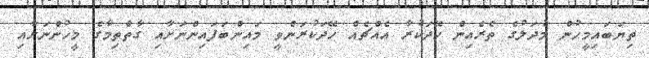
ތިޔަބައިމީހުން މުދަލުގެ ތެރެއިން ހޭދަކުރާ އެއްޗެއް ހޭދަކުރަންވީ މައިންބަފައިންނަށާއި ގާތްތިމާގެ މީހުންނަށާއި